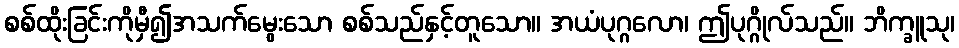
စစ်ထိုးခြင်းကိုမှီ၍အသက်မွေးသော စစ်သည်နှင့်တူသော။ အယံပုဂ္ဂလော၊ ဤပုဂ္ဂိုလ်သည်။ ဘိက္ခူသု၊